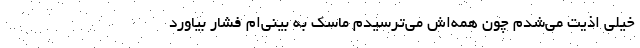
خیلی اذیت می‌شدم چون همه‌اش می‌ترسیدم ماسک به بینی‌ام فشار بیاورد